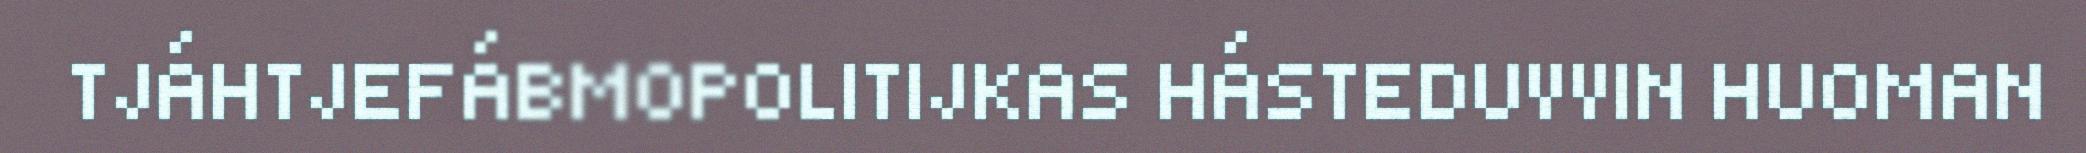
TJÁHTJEFÁBMOPOLITIJKAS HÁSTEDUVVIN HUOMAN